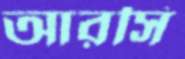
আরসি